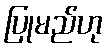
ပြုမည်ဟု